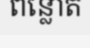
ពន្លោត